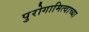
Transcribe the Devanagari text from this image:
पुरोगामित्वाच्या